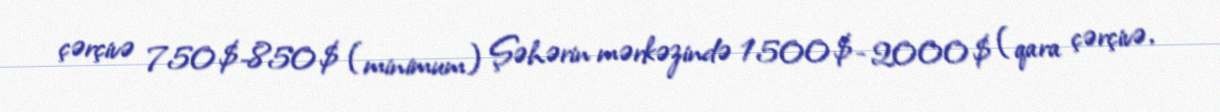
çərçivə 750$-850$ (minimum) Şəhərin mərkəzində 1500$- 2000$ (qara çərçivə,